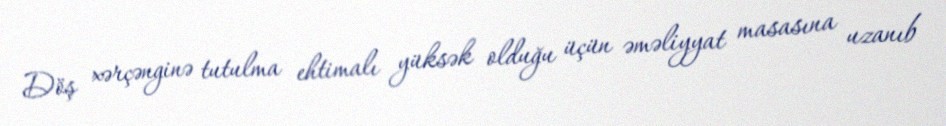
Döş xərçənginə tutulma ehtimalı yüksək olduğu üçün əməliyyat masasına uzanıb